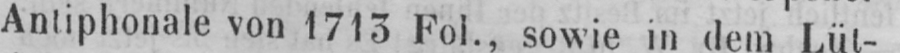
Antiphonale von 1713 Fol., sowie in dem Lüt-